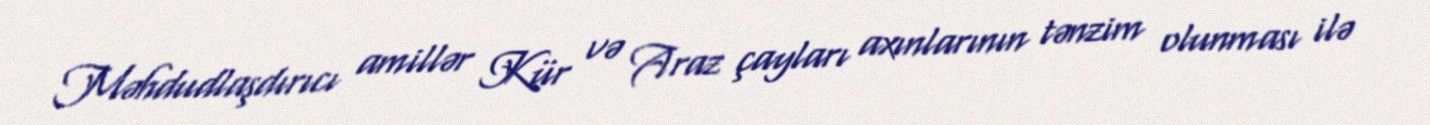
Məhdudlaşdırıcı amillər Kür və Araz çayları axınlarının tənzim olunması ilə